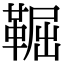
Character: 𩋎